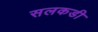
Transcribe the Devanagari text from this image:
सलकडी